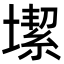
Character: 𡐤